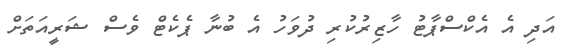
އަދި އެ އެކްސްޕާޓު ހާޒިރުކުރި ދުވަހު އެ ބުނާ ޕެކެޓް ވެސް ޝަރީއަތަށް